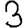
Digit: 3